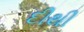
દીથી